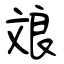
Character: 斏